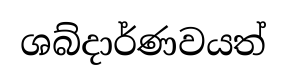
ශබ්දාර්ණවයත්